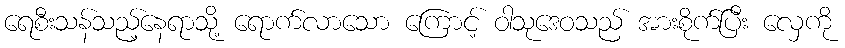
ရေစီးသန်သည့်နေရာသို့ ရောက်လာသော ကြောင့် ဝါသုဒေဝသည် အားစိုက်ပြီး လှေကို